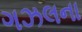
ગઝલના